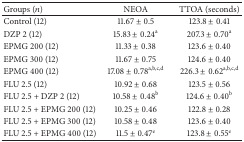
<table><thead><tr><td><b>Groups (<i>n</i>)</b></td><td><b>NEOA</b></td><td><b>TTOA (seconds)</b></td></tr></thead><tbody><tr><td>Control (12)</td><td>11.67 ± 0.5</td><td>123.8 ± 0.41</td></tr><tr><td>DZP 2 (12)</td><td>15.83 ± 0.24<sup>a</sup></td><td>207.3 ± 0.70<sup>a</sup></td></tr><tr><td>EPMG 200 (12)</td><td>11.33 ± 0.38</td><td>123.6 ± 0.40</td></tr><tr><td>EPMG 300 (12)</td><td>11.67 ± 0.75</td><td>124.6 ± 0.40</td></tr><tr><td>EPMG 400 (12)</td><td>17.08 ± 0.78<sup>a,b,c,d</sup></td><td>226.3 ± 0.62<sup>a,b,c,d</sup></td></tr><tr><td>FLU 2.5 (12)</td><td>10.92 ± 0.68</td><td>123.5 ± 0.56</td></tr><tr><td>FLU 2.5 + DZP 2 (12)</td><td>10.58 ± 0.48<sup>b</sup></td><td>124.6 ± 0.40<sup>b</sup></td></tr><tr><td>FLU 2.5 + EPMG 200 (12)</td><td>10.25 ± 0.46</td><td>122.8 ± 0.28</td></tr><tr><td>FLU 2.5 + EPMG 300 (12)</td><td>10.58 ± 0.48</td><td>123.6 ± 0.40</td></tr><tr><td>FLU 2.5 + EPMG 400 (12)</td><td>11.5 ± 0.47<sup>e</sup></td><td>123.8 ± 0.55<sup>e</sup></td></tr></tbody></table>